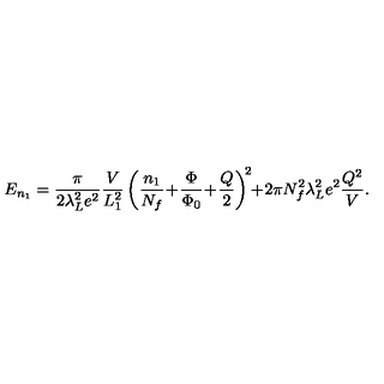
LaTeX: E _ { n _ { 1 } } = \frac { \pi } { 2 \lambda _ { L } ^ { 2 } e ^ { 2 } } \frac { V } { L _ { 1 } ^ { 2 } } \left( \frac { n _ { 1 } } { N _ { f } } \! + \! \frac { \Phi } { \Phi _ { 0 } } \! + \! \frac { Q } { 2 } \right) ^ { \! 2 } \! \! + \! 2 \pi N _ { f } ^ { 2 } \lambda _ { L } ^ { 2 } e ^ { 2 } \frac { Q ^ { 2 } } { V } .